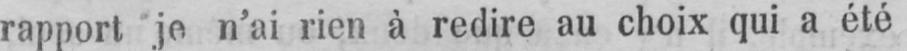
rapport je n’ai rien à redire au choix qui a été